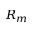
R _ { m }